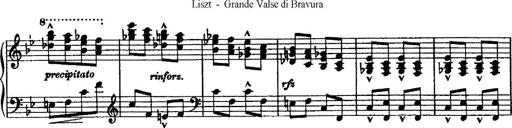
Title: Grande valse di bravura
Composer: Franz Liszt